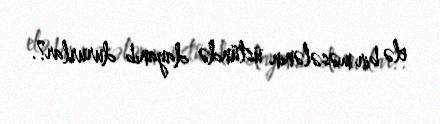
elə bir məsələnin üstündə dayanıb dururlar?.